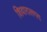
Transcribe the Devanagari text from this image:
शिवारालगत